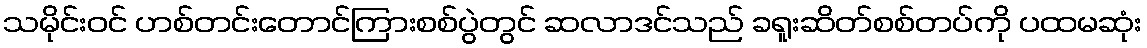
သမိုင်းဝင် ဟစ်တင်းတောင်ကြားစစ်ပွဲတွင် ဆလာဒင်သည် ခရူးဆိတ်စစ်တပ်ကို ပထမဆုံး